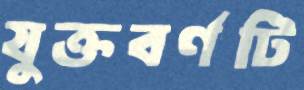
যুক্তবর্ণটি